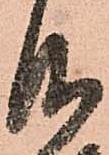
仰